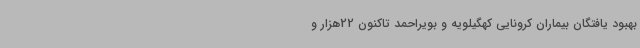
بهبود یافتگان بیماران کرونایی کهگیلویه و بویراحمد تاکنون 22هزار و